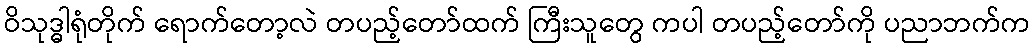
ဝိသုဒ္ဓါရုံတိုက် ရောက်တော့လဲ တပည့်တော်ထက် ကြီးသူတွေ ကပါ တပည့်တော်ကို ပညာဘက်က